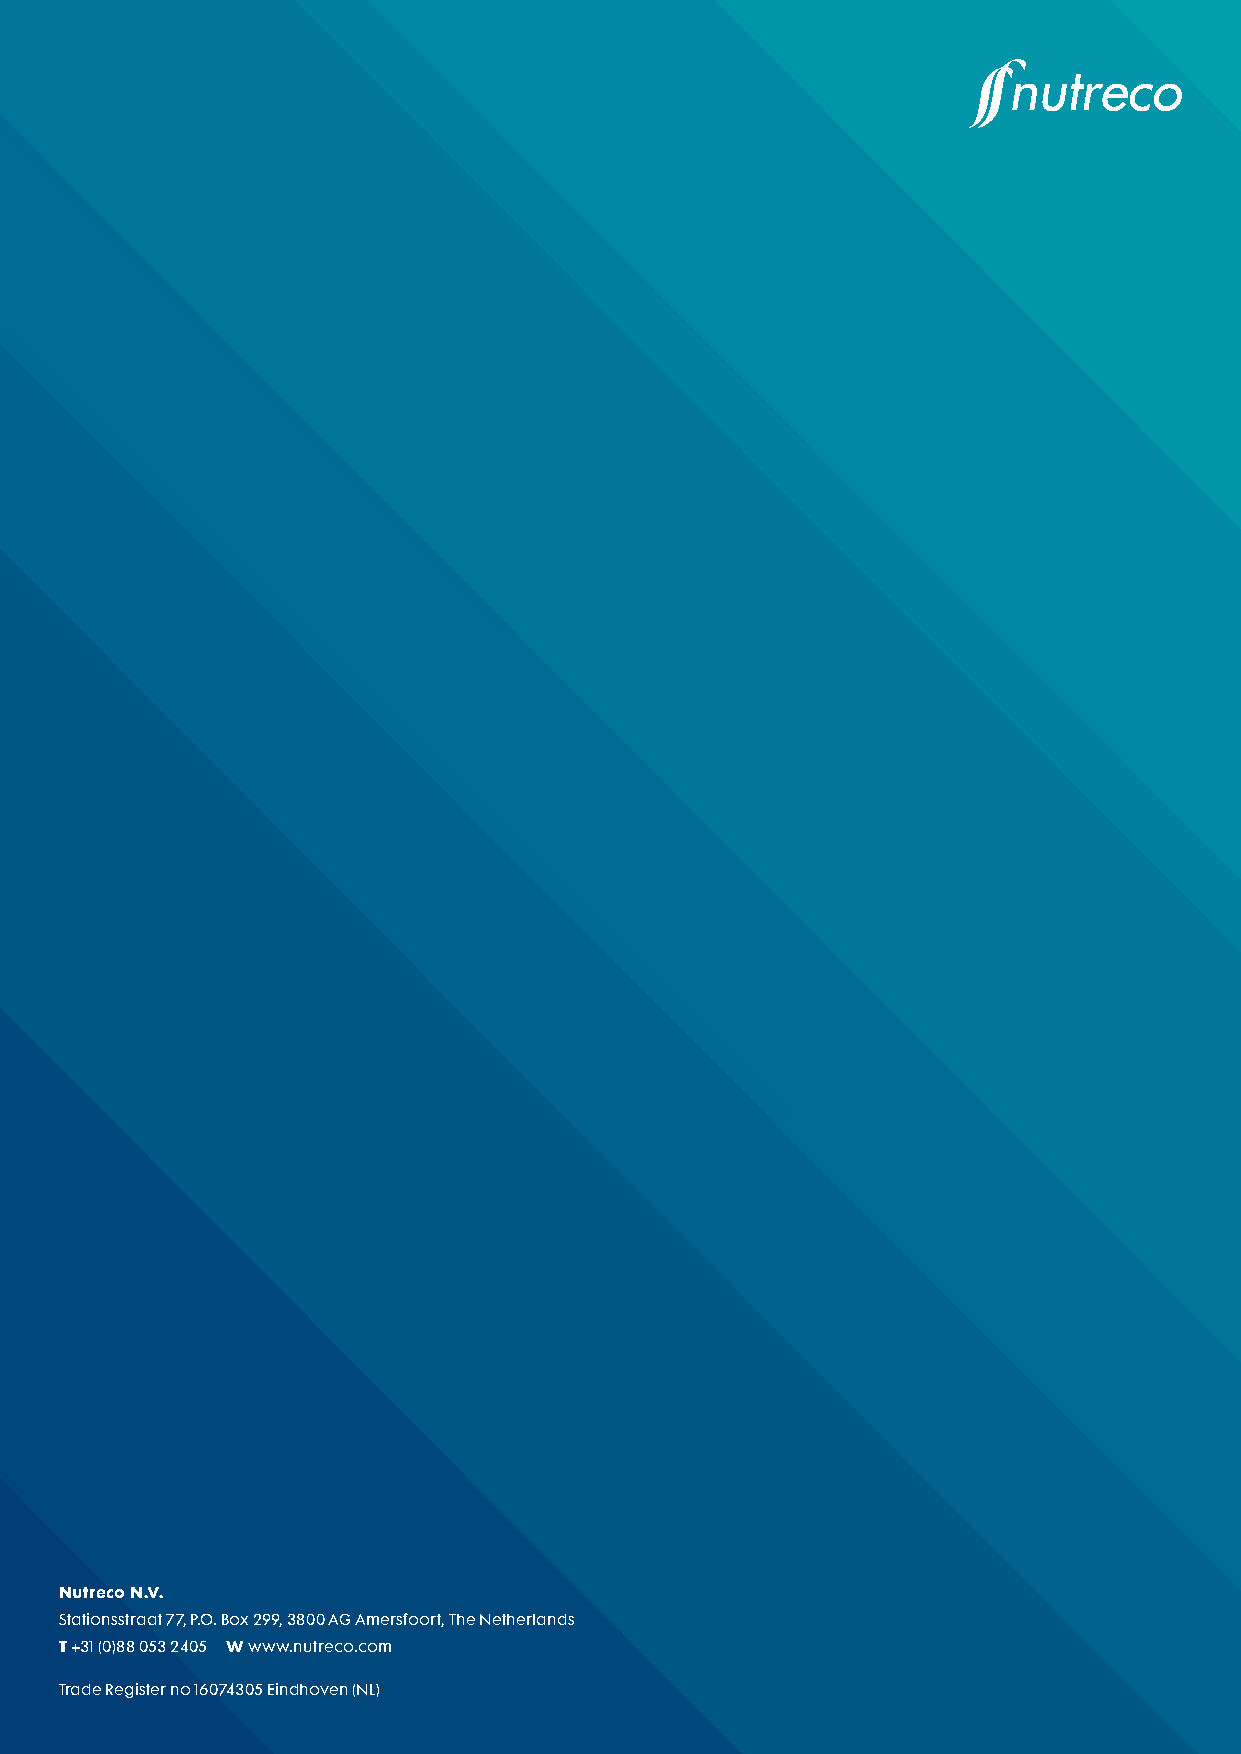
Nutreco N.V.
 Stationsstraat 77, P.O. Box 299, 3800 AG Amersfoort, The Netherlands
 T +31 (0)88 053 2405 W www.nutreco.com
 Trade Register no 16074305 Eindhoven (NL)